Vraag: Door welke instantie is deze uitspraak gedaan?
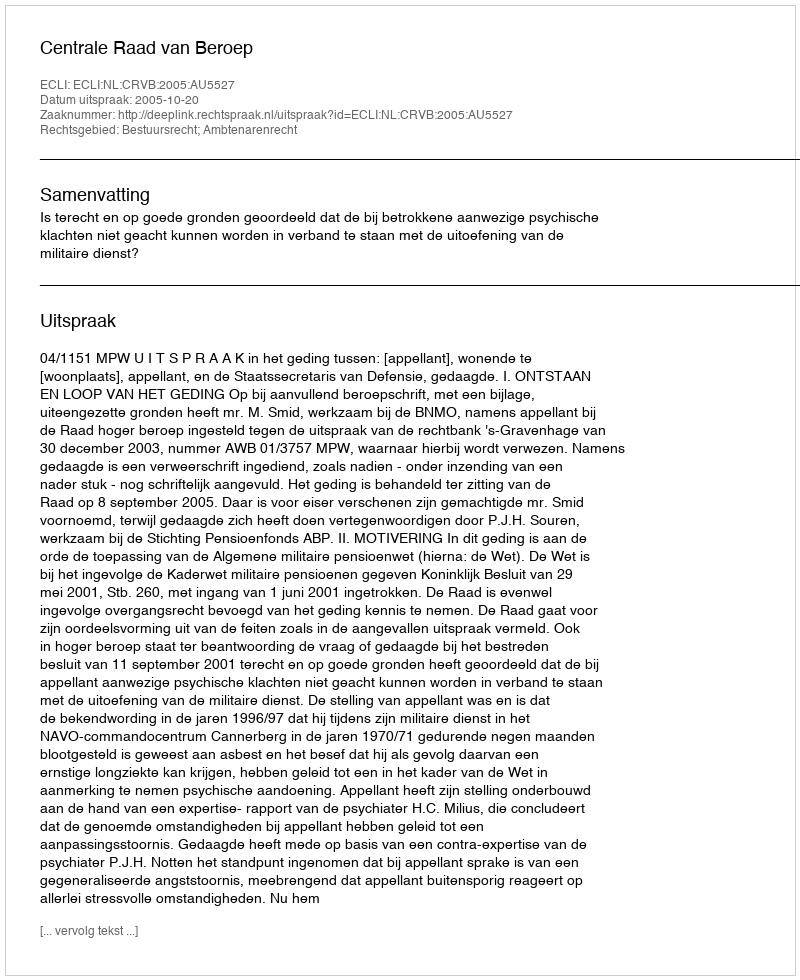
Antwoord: Centrale Raad van Beroep